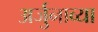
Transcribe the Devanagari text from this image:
अर्जुनाव्या